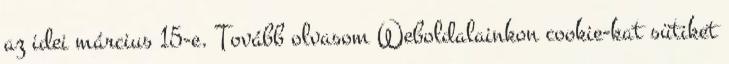
az idei március 15-e. Tovább olvasom Weboldalainkon cookie-kat sütiket